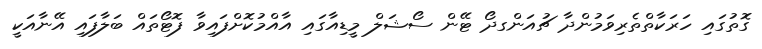
ގޮތުގައި ހަރަކާތްތެރިވަމުންދާ ޗުއަންގދޯ ޓޭން ސޯޝަލް މީޑިއާގައި އާއްމުކޮށްފައިވާ ފޮޓޯތައް ބަލާފައި އޭނާއަކީ